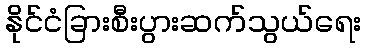
နိုင်ငံခြားစီးပွားဆက်သွယ်ရေး